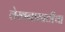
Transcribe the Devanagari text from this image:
लेखनासाठीचा